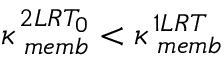
\kappa _ { \, \, m e m b } ^ { \, 2 L R T _ { 0 } } < \kappa _ { \, \, m e m b } ^ { \, 1 L R T }